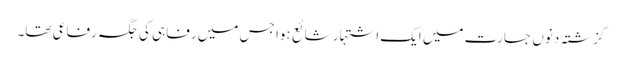
گزشتہ دنوں جسارت میں ایک اشتہار شائع ہوا جس میں رفاہی کی جگہ رفاعی تھا۔